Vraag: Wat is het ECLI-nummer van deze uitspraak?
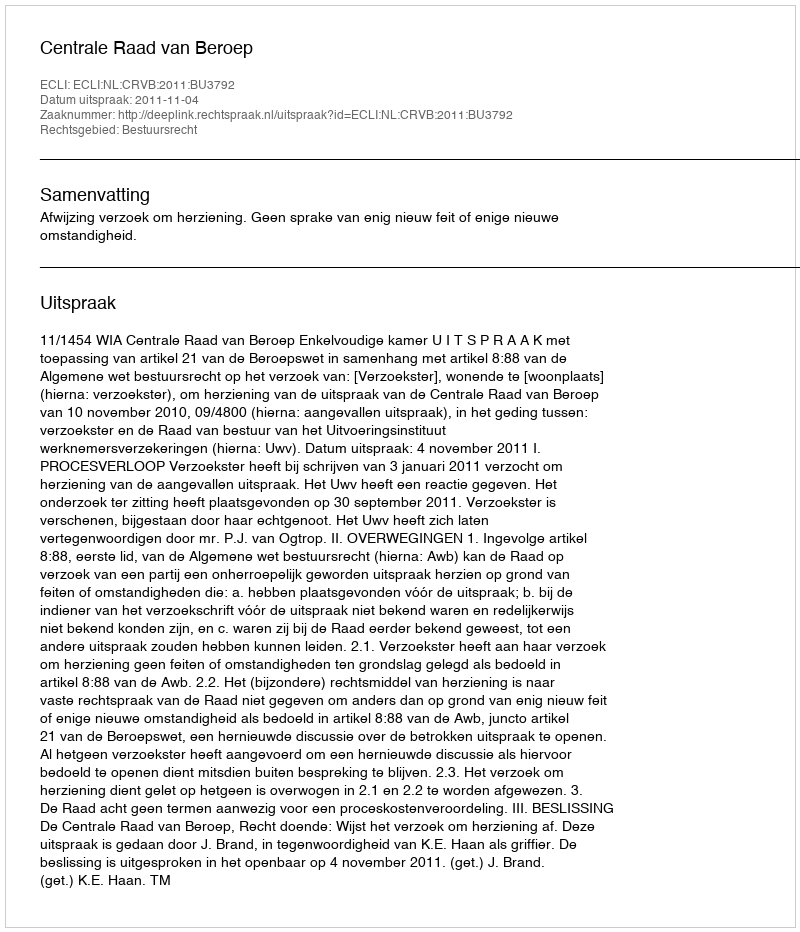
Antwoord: ECLI:NL:CRVB:2011:BU3792